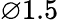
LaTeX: \varnothing 1.5